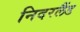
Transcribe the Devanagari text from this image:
निदरलैंड